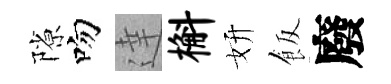
隙吻達槲妍飯廢